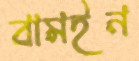
বামইন